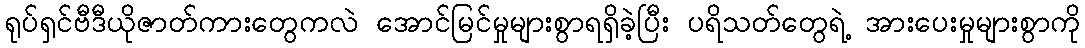
ရုပ်ရှင်ဗီဒီယိုဇာတ်ကားတွေကလဲ အောင်မြင်မှုများစွာရရှိခဲ့ပြီး ပရိသတ်တွေရဲ့ အားပေးမှုများစွာကို